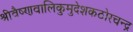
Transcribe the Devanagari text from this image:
श्रीवैष्णवालिकुमुदेशकठोरचन्द्र